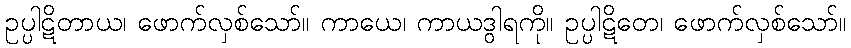
ဥပ္ပါဋိတာယ၊ ဖောက်လှစ်သော်။ ကာယေ၊ ကာယဒွါရကို။ ဥပ္ပါဋိတေ၊ ဖောက်လှစ်သော်။